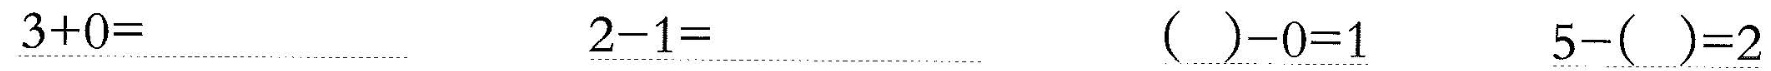
\underline{$$3 + 0 =$$} \underline{$$2 - 1 =$$} \underline{$$( ) - 0 = 1$$} \underline{$$5 - ( ) = 2$$}